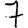
Digit: 7